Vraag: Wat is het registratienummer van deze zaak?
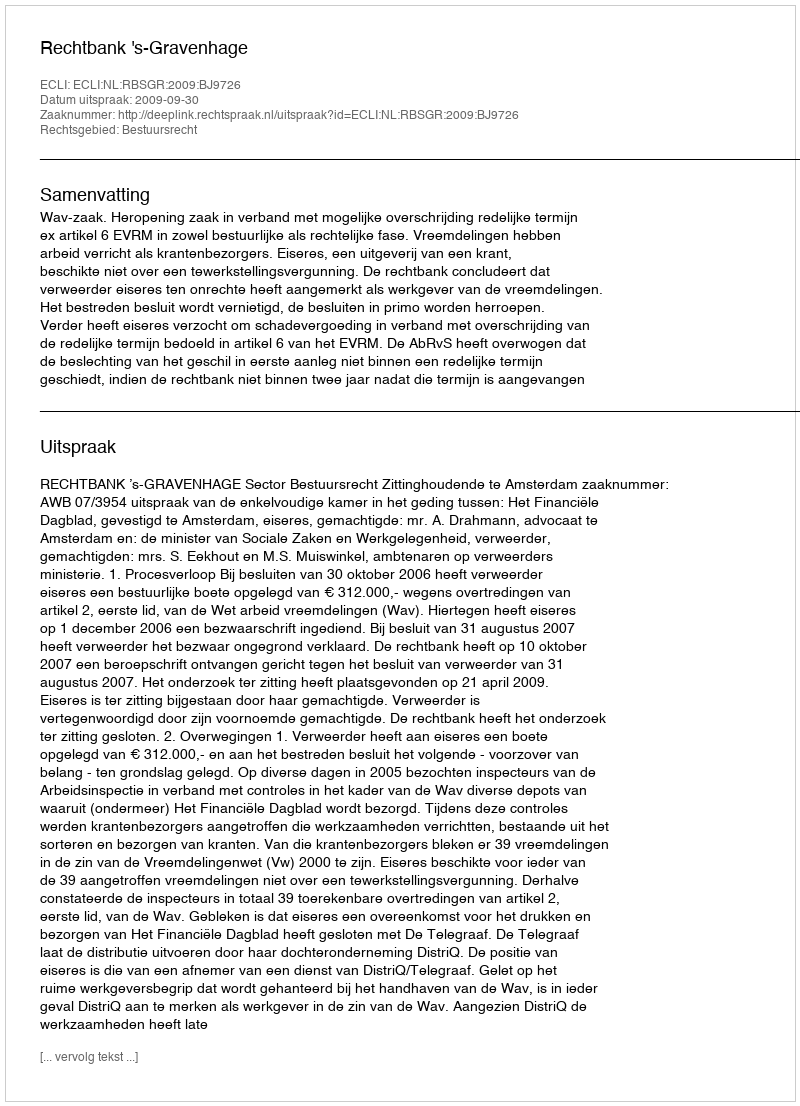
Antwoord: http://deeplink.rechtspraak.nl/uitspraak?id=ECLI:NL:RBSGR:2009:BJ9726